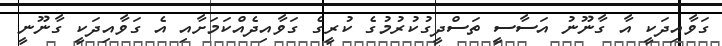
ގަވާއިދަކީ އާ ގާނޫނު އަސާސީ ތަސްދީގުކުރުމުގެ ކުރީގެ ގަވާއިދެއްކަމަށާއި އެ ގަވާއިދަކީ ގާނޫނީ